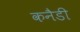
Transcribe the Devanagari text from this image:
कनैडी